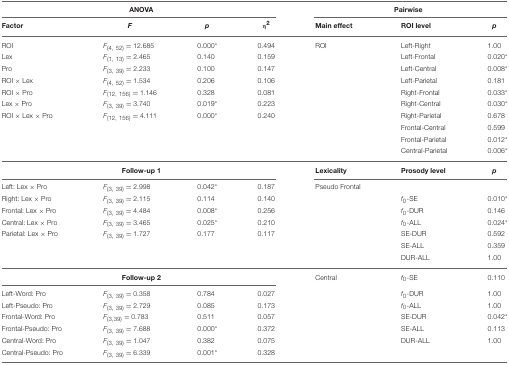
<table><thead><tr><td colspan="4"><b>ANOVA</b></td><td colspan="3"><b>Pairwise</b></td></tr><tr><td><b>Factor</b></td><td><b><i>F</i></b></td><td><b><i>p</i></b></td><td><b>η<sup>2</sup></b></td><td><b>Main effect</b></td><td><b>ROI level</b></td><td><b><i>p</i></b></td></tr></thead><tbody><tr><td>ROI</td><td><i>F</i><sub>(4, 52)</sub> = 12.685</td><td>0.000<sup>*</sup></td><td>0.494</td><td>ROI</td><td>Left-Right</td><td>1.00</td></tr><tr><td>Lex</td><td><i>F</i><sub>(1, 13)</sub> = 2.465</td><td>0.140</td><td>0.159</td><td></td><td>Left-Frontal</td><td>0.020<sup>*</sup></td></tr><tr><td>Pro</td><td><i>F</i><sub>(3, 39)</sub> = 2.233</td><td>0.100</td><td>0.147</td><td></td><td>Left-Central</td><td>0.008<sup>*</sup></td></tr><tr><td>ROI × Lex</td><td><i>F</i><sub>(4, 52)</sub> = 1.534</td><td>0.206</td><td>0.106</td><td></td><td>Left-Parietal</td><td>0.181</td></tr><tr><td>ROI × Pro</td><td><i>F</i><sub>(12, 156)</sub> = 1.146</td><td>0.328</td><td>0.081</td><td></td><td>Right-Frontal</td><td>0.033<sup>*</sup></td></tr><tr><td>Lex × Pro</td><td><i>F</i><sub>(3, 39)</sub> = 3.740</td><td>0.019<sup>*</sup></td><td>0.223</td><td></td><td>Right-Central</td><td>0.030<sup>*</sup></td></tr><tr><td>ROI × Lex × Pro</td><td><i>F</i><sub>(12, 156)</sub> = 4.111</td><td>0.000<sup>*</sup></td><td>0.240</td><td></td><td>Right-Parietal</td><td>0.678</td></tr><tr><td></td><td></td><td></td><td></td><td></td><td>Frontal-Central</td><td>0.599</td></tr><tr><td></td><td></td><td></td><td></td><td></td><td>Frontal-Parietal</td><td>0.012<sup>*</sup></td></tr><tr><td></td><td></td><td></td><td></td><td></td><td>Central-Parietal</td><td>0.006<sup>*</sup></td></tr><tr><td colspan="4"><b>Follow-up 1</b></td><td><b>Lexicality</b></td><td><b>Prosody level</b></td><td><i><b>p</b></i></td></tr><tr><td>Left: Lex × Pro</td><td><i>F</i><sub>(3, 39)</sub> = 2.998</td><td>0.042<sup>*</sup></td><td>0.187</td><td>Pseudo Frontal</td><td></td><td></td></tr><tr><td>Right: Lex × Pro</td><td><i>F</i><sub>(3, 39)</sub> = 2.115</td><td>0.114</td><td>0.140</td><td></td><td><i>f</i><sub>0</sub>-SE</td><td>0.010<sup>*</sup></td></tr><tr><td>Frontal: Lex × Pro</td><td><i>F</i><sub>(3, 39)</sub> = 4.484</td><td>0.008<sup>*</sup></td><td>0.256</td><td></td><td><i>f</i><sub>0</sub>-DUR</td><td>0.146</td></tr><tr><td>Central: Lex × Pro</td><td><i>F</i><sub>(3, 39)</sub> = 3.465</td><td>0.025<sup>*</sup></td><td>0.210</td><td></td><td><i>f</i><sub>0</sub>-ALL</td><td>0.024<sup>*</sup></td></tr><tr><td>Parietal: Lex × Pro</td><td><i>F</i><sub>(3, 39)</sub> = 1.727</td><td>0.177</td><td>0.117</td><td></td><td>SE-DUR</td><td>0.592</td></tr><tr><td></td><td></td><td></td><td></td><td></td><td>SE-ALL</td><td>0.359</td></tr><tr><td></td><td></td><td></td><td></td><td></td><td>DUR-ALL</td><td>1.00</td></tr><tr><td colspan="4"><b>Follow-up 2</b></td><td>Central</td><td><i>f</i><sub>0</sub>-SE</td><td>0.110</td></tr><tr><td>Left-Word: Pro</td><td><i>F</i><sub>(3, 39)</sub> = 0.358</td><td>0.784</td><td>0.027</td><td></td><td><i>f</i><sub>0</sub>-DUR</td><td>1.00</td></tr><tr><td>Left-Pseudo: Pro</td><td><i>F</i><sub>(3, 39)</sub> = 2.729</td><td>0.085</td><td>0.173</td><td></td><td><i>f</i><sub>0</sub>-ALL</td><td>1.00</td></tr><tr><td>Frontal-Word: Pro</td><td><i>F</i><sub>(3, 39)</sub> = 0.783</td><td>0.511</td><td>0.057</td><td></td><td>SE-DUR</td><td>0.042<sup>*</sup></td></tr><tr><td>Frontal-Pseudo: Pro</td><td><i>F</i><sub>(3, 39)</sub> = 7.688</td><td>0.000<sup>*</sup></td><td>0.372</td><td></td><td>SE-ALL</td><td>0.113</td></tr><tr><td>Central-Word: Pro</td><td><i>F</i><sub>(3, 39)</sub> = 1.047</td><td>0.382</td><td>0.075</td><td></td><td>DUR-ALL</td><td>1.00</td></tr><tr><td>Central-Pseudo: Pro</td><td><i>F</i><sub>(3, 39)</sub> = 6.339</td><td>0.001<sup>*</sup></td><td>0.328</td><td></td><td></td><td></td></tr></tbody></table>